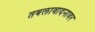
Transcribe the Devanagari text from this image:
तबलावादनावर